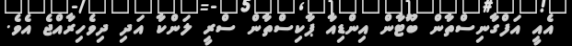
އެއީ އަފްގާނިސްތާން ބޫޓާން އިންޑިއާ ޕާކިސްތާން ސްރީ ލަންކާ އަދި ދިވެހިރާއްޖެ އެވެ.